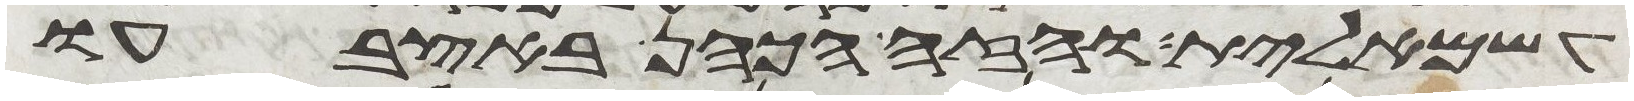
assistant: השמאלית והזה הכהן באצבעו